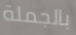
بالجملة